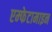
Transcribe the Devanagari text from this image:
एम्फेटामाइन